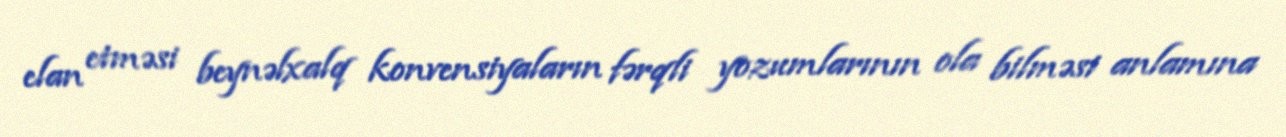
elan etməsi beynəlxalq konvensiyaların fərqli yozumlarının ola bilməsi anlamına